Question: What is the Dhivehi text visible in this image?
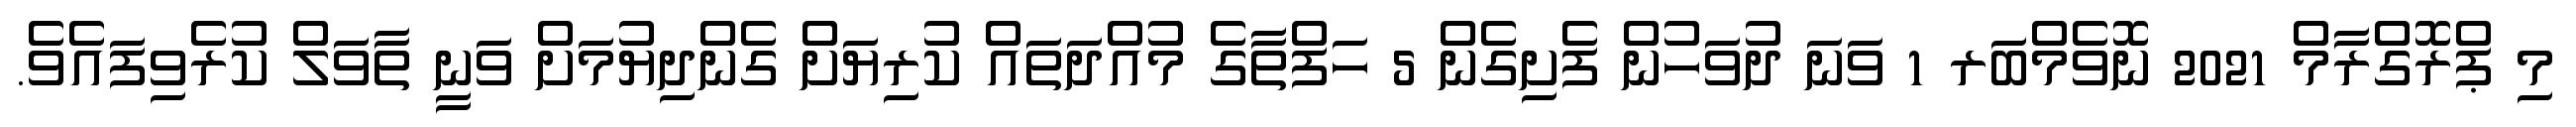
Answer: މި ޕްރޮގްރާމް 2021 ނޮވެމްބަރ 1 ވަނަ ދުވަހުން ފެށިގެން 5 ހަފްތާގެ މުއްދަތައް ކުރިޔަށް ގެންދިޔުމަށް ވަނީ ތާވަލް ކުރެވިފައެވެ.